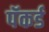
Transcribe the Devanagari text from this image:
पॅकर्ड